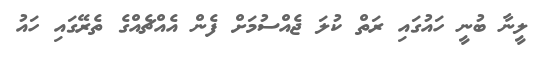
ލީނާ ބުނީ ހައުގައި ރަތް ކުލަ ޖެއްސުމަށް ފެން އެއްޗެއްގެ ތެރޭގައި ހައު